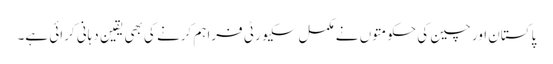
پاکستان اور چین کی حکومتوں نے مکمل سکیورٹی فراہم کرنے کی بھی یقین دہانی کرائی ہے۔